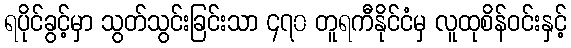
ရပိုင်ခွင့်မှာ သွတ်သွင်းခြင်းသာ ၄၇၀ တူရကီနိုင်ငံမှ လူထုစိန်ဝင်းနှင့်